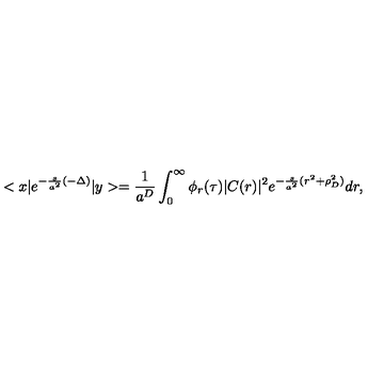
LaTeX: < x | e ^ { - \frac { s } { a ^ { 2 } } ( - \Delta ) } | y > = \frac { 1 } { a ^ { D } } \int _ { 0 } ^ { \infty } \phi _ { r } ( \tau ) | C ( r ) | ^ { 2 } e ^ { - \frac { s } { a ^ { 2 } } ( r ^ { 2 } + \rho _ { D } ^ { 2 } ) } d r ,